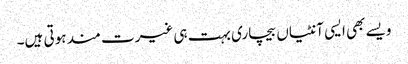
ویسے بھی ایسی آنٹیاں بیچاری بہت ہی غیرت مند ہوتی ہیں۔